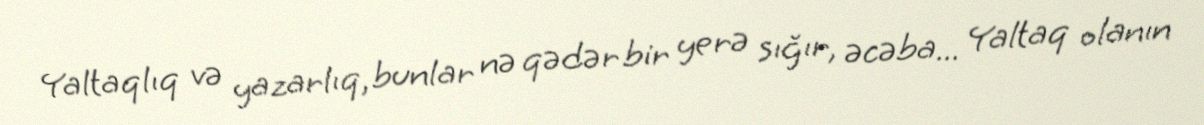
Yaltaqlıq və yazarlıq, bunlar nə qədər bir yerə sığır, əcəba... Yaltaq olanın